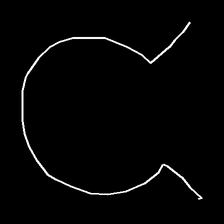
Glyph: weave